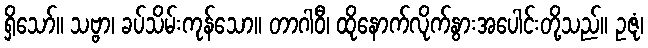
ရှိသော်။ သဗ္ဗာ၊ ခပ်သိမ်းကုန်သော။ တာဂါဝီ၊ ထိုနောက်လိုက်နွားအပေါင်းတို့သည်။ ဥဇုံ၊